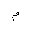
Letter: _mim